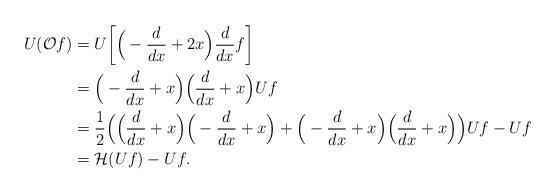
LaTeX: \begin{align*}\begin{aligned} U(\mathcal{O} f )&= U\bigg[\Big(-\frac{d}{dx}+2x\Big)\frac{d}{dx}f\bigg] \\&=\Big(-\frac{d}{dx}+x\Big)\Big(\frac{d}{dx}+x\Big)Uf \\&=\frac12\Big(\Big(\frac{d}{dx}+x\Big)\Big(-\frac{d}{dx}+x\Big)+\Big(-\frac{d}{dx}+x\Big)\Big(\frac{d}{dx}+x\Big)\Big)Uf- Uf \\&=\mathcal{H}(Uf)-Uf.\end{aligned}\end{align*}